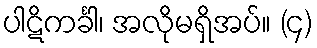
ပါဋိကင်္ခါ၊ အလိုမရှိအပ်။ (၄)